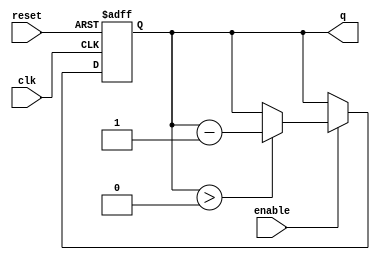
module binary_down_counter #(
    parameter N = 4 // Define the number of bits for the counter
)(
    input wire clk,         // Clock input
    input wire reset,       // Active high reset input
    input wire enable,      // Enable counting input
    output reg [N-1:0] q   // n-bit output for the current count
);

    // Maximum value for the counter
    localparam MAX_VALUE = (1 << N) - 1; // 2^N - 1

    // Always block triggered on the rising edge of the clock
    always @(posedge clk or posedge reset) begin
        if (reset) begin
            // Reset counter to MAX_VALUE when reset is high
            q <= MAX_VALUE;
        end else if (enable) begin
            // Decrement the counter if enabled and greater than zero
            if (q > 0) begin
                q <= q - 1;
            end
            // If the counter is already zero, it remains at zero.
        end
    end

endmodule